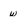
Character: w